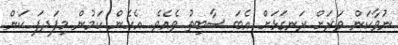
ނުވާކަން ވަރަށް ރަނގަޅަށް އެބަ ސާބިތު ވެއެވެ. އެހެން ކަމުން މިފަދފަ ކަން